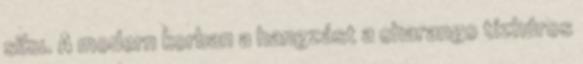
siku. A modern korban a hangzást a charango tízhúros